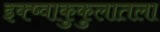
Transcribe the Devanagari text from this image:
इक्ष्वाकुकुलातला